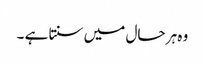
وہ ہر حال میں سنتا ہے ۔